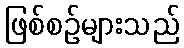
ဖြစ်စဉ်များသည်